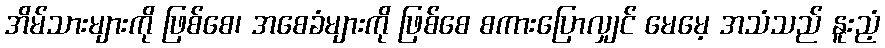
အိမ်သားများကို ဖြစ်စေ၊ အစေခံများကို ဖြစ်စေ စကားပြောလျှင် မေမေ့ အသံသည် နူးညံ့